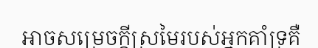
អាចសម្រេចក្តីស្រមៃរបស់អ្នកគាំទ្រគឺ